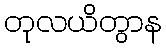
တုလယိတွာန